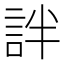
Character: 詊